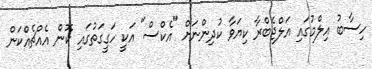
ހިސާބު އިލްމުގައި އަލްޖެބްރާ ކިޔަވާ ކުދިންނަށް "އެކްސް" އަކީ ހަގީގަތުގައި ކޮން އެއްޗެއްކަން